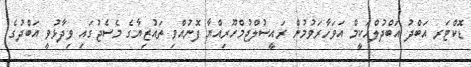
ޑޮކްޓަރ އަބްދު އަބްދުލްހަކީމް އަވަހާރަވުމުން ރައީސުލްޖުމްހޫރިއްޔާ ފޮނުއްވި ތައުޒިޔާގެ މެސެޖުގައި ވިދާޅުވީ އަބްދުގެ